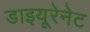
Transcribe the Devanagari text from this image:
डाइयूरेनेट